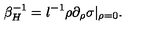
\beta _ { H } ^ { - 1 } = l ^ { - 1 } \rho \partial _ { \rho } \sigma | _ { \rho = 0 } .